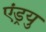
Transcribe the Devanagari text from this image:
एंड्रयु